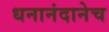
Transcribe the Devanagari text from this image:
धनानंदानेच